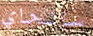
سانجاي